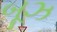
બૂઝ